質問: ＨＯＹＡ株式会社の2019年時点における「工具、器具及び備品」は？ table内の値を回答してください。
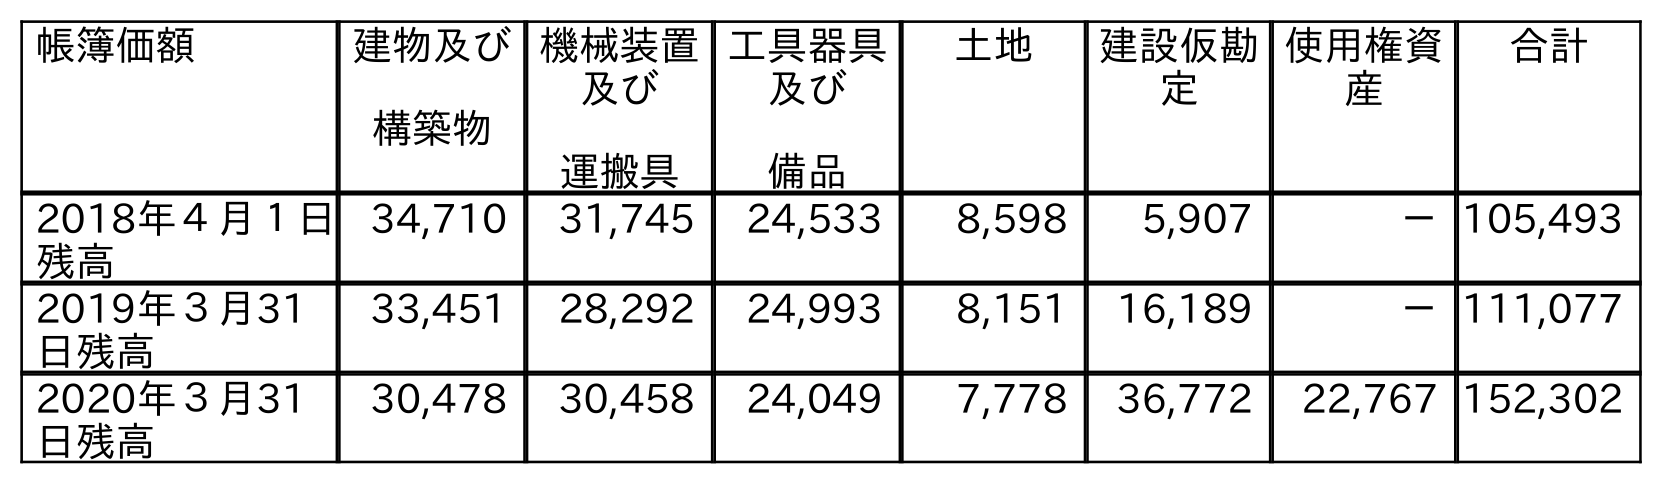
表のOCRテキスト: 帳簿価額 建物及び 構築物 機械装置 及び 運搬具 工具器具 及び 備品 土地 建設仮勘 定 使用権資 産 合計 2018年４月１日 残高 34,710 31,745 24,533 8,598 5,907 －105,493 2019年３月31 日残高 33,451 28,292 24,993 8,151 16,189 －111,077 2020年３月31 日残高 30,478 30,458 24,049 7,778 36,772 22,767 152,302
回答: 24,993